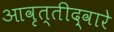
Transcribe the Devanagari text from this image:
आवृत्तीद्वारे